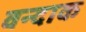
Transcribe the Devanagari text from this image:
वन्दाक